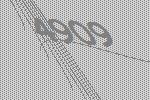
4909